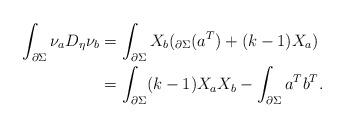
LaTeX: \begin{align*}\int_{\partial \Sigma}\nu_a D_\eta \nu_b &=\int_{\partial \Sigma} X_b(_{\partial \Sigma}(a^T)+(k-1)X_a)\\&=\int_{\partial \Sigma}(k-1)X_a X_b-\int_{\partial \Sigma}a^T b^T.\end{align*}